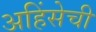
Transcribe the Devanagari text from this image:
अहिंसेची